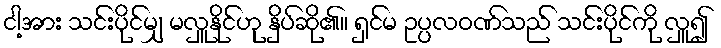
ငါ့အား သင်းပိုင်မျှ မလှူနိုင်ဟု နှိပ်ဆို၏။ ရှင်မ ဥပ္ပလဝဏ်သည် သင်းပိုင်ကို လှူ၍